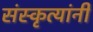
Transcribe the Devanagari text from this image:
संस्कृत्यांनी